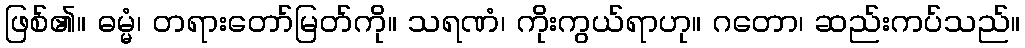
ဖြစ်၏။ ဓမ္မံ၊ တရားတော်မြတ်ကို။ သရဏံ၊ ကိုးကွယ်ရာဟု။ ဂတော၊ ဆည်းကပ်သည်။